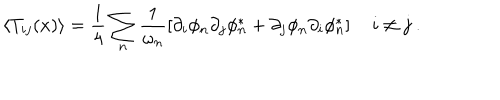
\left\langle T _ { i j } ( x ) \right\rangle = \frac { 1 } { 4 } \sum _ { n } \frac { 1 } { \omega _ { n } } \left[ \partial _ { i } \phi _ { n } \partial _ { j } \phi _ { n } ^ { * } + \partial _ { j } \phi _ { n } \partial _ { i } \phi _ { n } ^ { * } \right] \quad i \neq j \ .